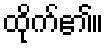
ထိုက်၏။